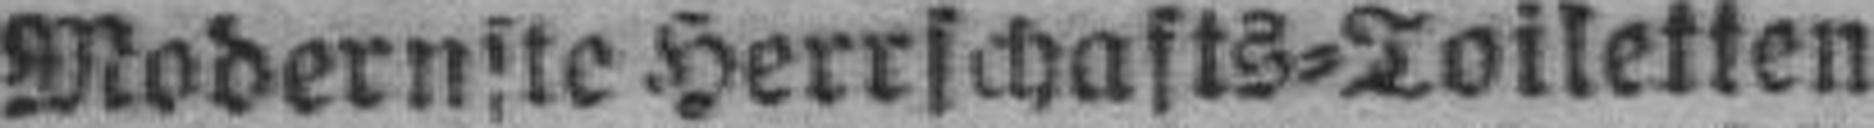
Modernste Herrschafts=Toiletten